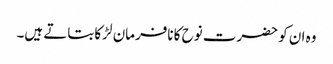
وہ ان کو حضرت نوح کا نافرمان لڑکا بتاتے ہیں۔